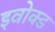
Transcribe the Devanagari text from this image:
इवोक्ड